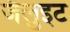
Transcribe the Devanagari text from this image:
जैलुइट